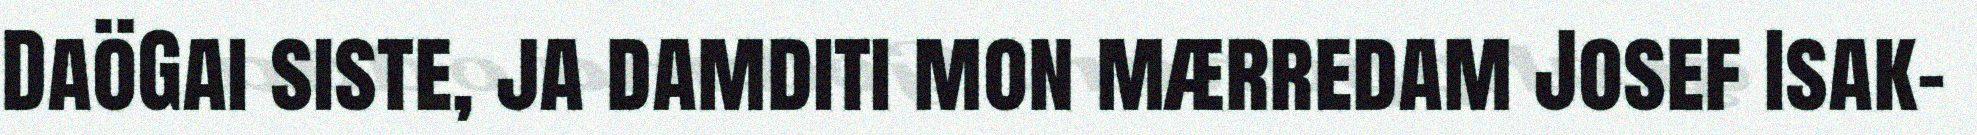
DaöGai siste, ja damditi mon mærredam Josef Isak-